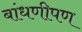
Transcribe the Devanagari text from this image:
बांधणीपण